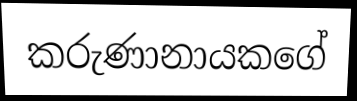
කරුණානායකගේ